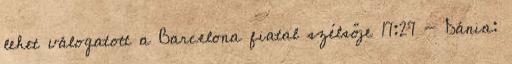
lehet válogatott a Barcelona fiatal szélsője 17:27 - Dánia: